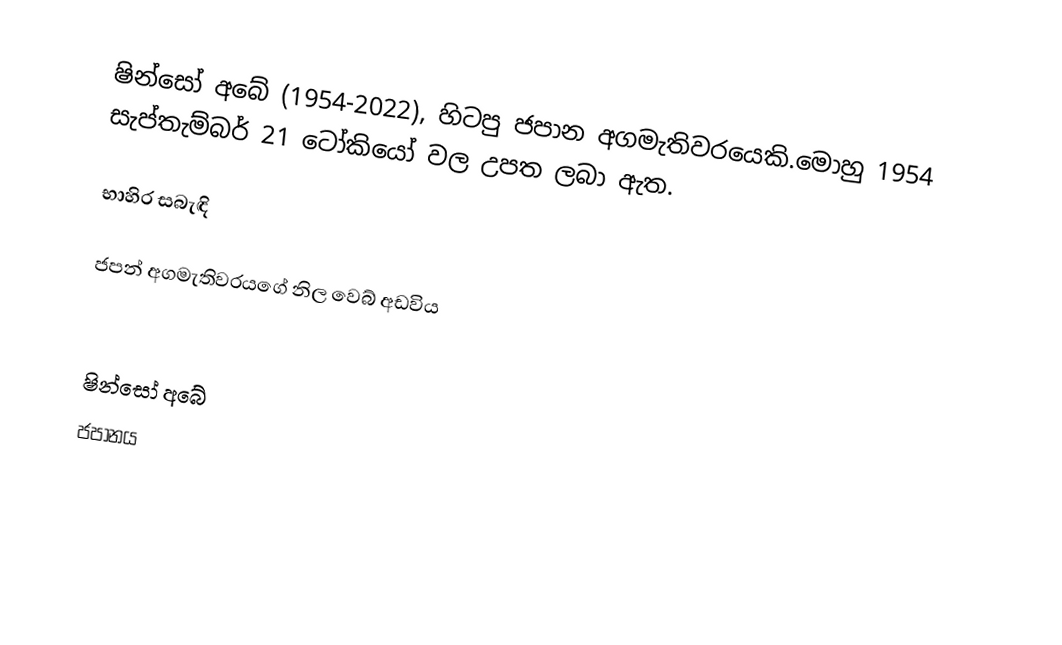
ෂින්සෝ අබේ (1954-2022), හිටපු ජපාන අගමැතිවරයෙකි.මොහු 1954 සැප්තැම්බර්  21 ටෝකියෝ වල උපත ලබා ඇත.

භාහිර සබැඳි

 ජපන් අගමැතිවරයගේ නිල වෙබ් අඩවිය

ෂින්සෝ අබේ
ජපානය